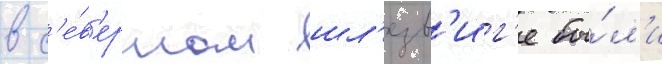
в с'е́в'ерном шл'езв'иг'е бы́л'и